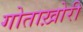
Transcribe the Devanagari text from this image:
गोताख़ोरी